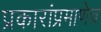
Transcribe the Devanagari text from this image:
प्रकारांप्रमाणेच